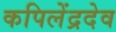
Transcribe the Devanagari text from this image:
कपिलेंद्रदेव